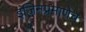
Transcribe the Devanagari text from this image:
इंजिनप्रमाणेच